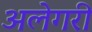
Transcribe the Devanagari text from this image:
अलेगरी